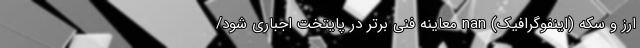
ارز و سکه (اینفوگرافیک) nan معاینه فنی برتر در پایتخت اجباری شود/